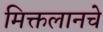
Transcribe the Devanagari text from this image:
मिक्तलानचे